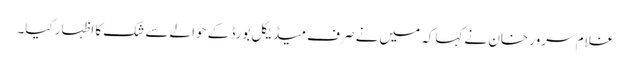
غلام سرور خان نے کہاکہ میں نے صرف میڈیکل بورڈ کے حوالے سے شک کا اظہار کیا۔